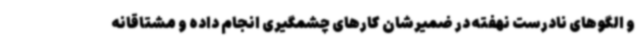
و الگوهای نادرست نهفته در ضمیرشان کارهای چشمگیری انجام داده و مشتاقانه